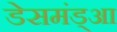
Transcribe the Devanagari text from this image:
डेसमंड्आ